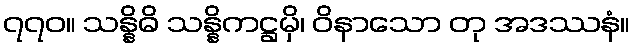
၇၇၀။ သန္နိဓိ သန္နိကဋ္ဌမှိ၊ ဝိနာသော တု အဒဿနံ။